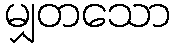
မျှတသော